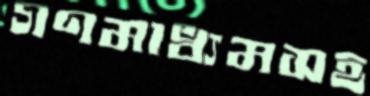
গণমাধ্যমসহ